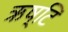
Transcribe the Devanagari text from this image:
ऋष्टि